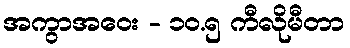
အကွာအဝေး - ၁၀.၅ ကီလိုမီတာ